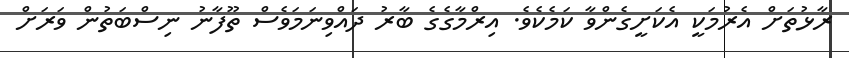
ރާޅުތަށް އެރުމަކީ އެކަށީގެންވާ ކަމެކެވެ. އިރްމާގެގެ ބާރު ދައްވިނަމަވެސް ތޫފާނު ނިސްބަތުން ވަރަށް